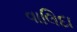
વાલિદા